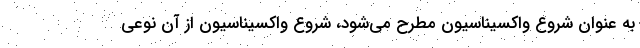
به عنوان شروع واکسیناسیون مطرح می‌‌شود، شروع واکسیناسیون از آن نوعی